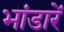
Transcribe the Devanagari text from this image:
भांडारें